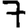
Digit: 7